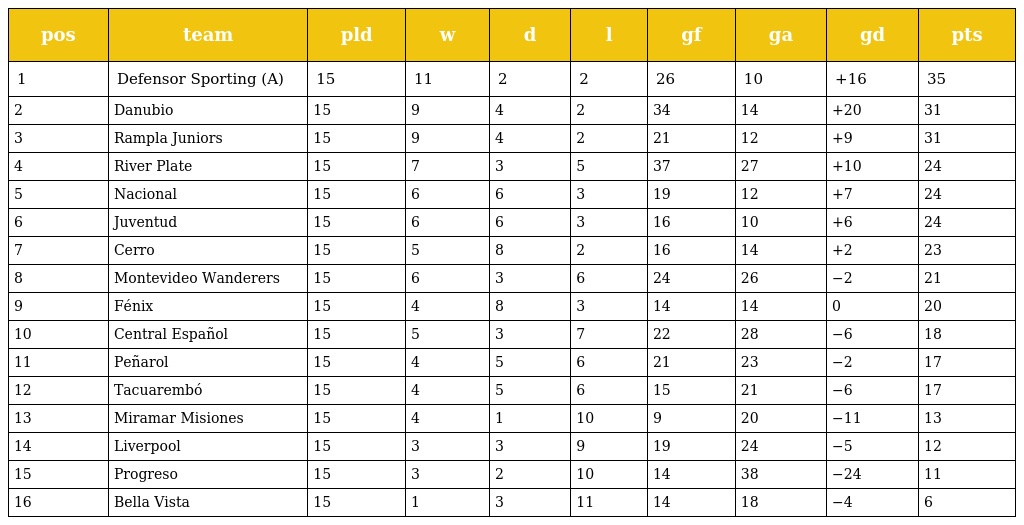
| pos | team | pld | w | d | l | gf | ga | gd | pts |
 | --- | --- | --- | --- | --- | --- | --- | --- | --- | --- |
 | 1 | Defensor Sporting (A) | 15 | 11 | 2 | 2 | 26 | 10 | +16 | 35 |
 | 2 | Danubio | 15 | 9 | 4 | 2 | 34 | 14 | +20 | 31 |
 | 3 | Rampla Juniors | 15 | 9 | 4 | 2 | 21 | 12 | +9 | 31 |
 | 4 | River Plate | 15 | 7 | 3 | 5 | 37 | 27 | +10 | 24 |
 | 5 | Nacional | 15 | 6 | 6 | 3 | 19 | 12 | +7 | 24 |
 | 6 | Juventud | 15 | 6 | 6 | 3 | 16 | 10 | +6 | 24 |
 | 7 | Cerro | 15 | 5 | 8 | 2 | 16 | 14 | +2 | 23 |
 | 8 | Montevideo Wanderers | 15 | 6 | 3 | 6 | 24 | 26 | −2 | 21 |
 | 9 | Fénix | 15 | 4 | 8 | 3 | 14 | 14 | 0 | 20 |
 | 10 | Central Español | 15 | 5 | 3 | 7 | 22 | 28 | −6 | 18 |
 | 11 | Peñarol | 15 | 4 | 5 | 6 | 21 | 23 | −2 | 17 |
 | 12 | Tacuarembó | 15 | 4 | 5 | 6 | 15 | 21 | −6 | 17 |
 | 13 | Miramar Misiones | 15 | 4 | 1 | 10 | 9 | 20 | −11 | 13 |
 | 14 | Liverpool | 15 | 3 | 3 | 9 | 19 | 24 | −5 | 12 |
 | 15 | Progreso | 15 | 3 | 2 | 10 | 14 | 38 | −24 | 11 |
 | 16 | Bella Vista | 15 | 1 | 3 | 11 | 14 | 18 | −4 | 6 |